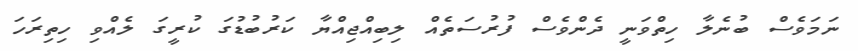
ނަމަވެސް ބުނެލާ ހިތްވަނީ ދެންވެސް ފުރުސަތެއް ލިބިއްޖިއްޔާ ކަރުބުޑުގަ ކުރީގަ ލެއްވި ހިތިރަހަ